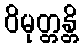
ဝိမုတ္တန္တိ